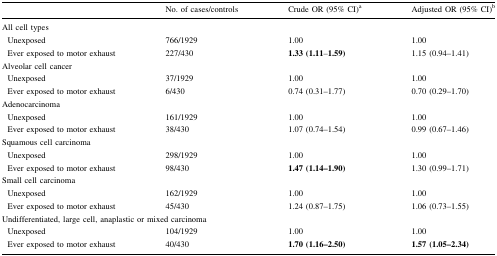
<table><thead><tr><td></td><td><b>No. of cases/controls</b></td><td><b>Crude OR (95% CI)<sup>a</sup></b></td><td><b>Adjusted OR (95% CI)<sup>b</sup></b></td></tr></thead><tbody><tr><td colspan="4">All cell types</td></tr><tr><td> Unexposed</td><td>766/1929</td><td>1.00</td><td>1.00</td></tr><tr><td> Ever exposed to motor exhaust</td><td>227/430</td><td><b>1.33 (1.11</b>–<b>1.59)</b></td><td>1.15 (0.94–1.41)</td></tr><tr><td colspan="4">Alveolar cell cancer</td></tr><tr><td> Unexposed</td><td>37/1929</td><td>1.00</td><td>1.00</td></tr><tr><td> Ever exposed to motor exhaust</td><td>6/430</td><td>0.74 (0.31–1.77)</td><td>0.70 (0.29–1.70)</td></tr><tr><td colspan="4">Adenocarcinoma</td></tr><tr><td> Unexposed</td><td>161/1929</td><td>1.00</td><td>1.00</td></tr><tr><td> Ever exposed to motor exhaust</td><td>38/430</td><td>1.07 (0.74–1.54)</td><td>0.99 (0.67–1.46)</td></tr><tr><td colspan="4">Squamous cell carcinoma</td></tr><tr><td> Unexposed</td><td>298/1929</td><td>1.00</td><td>1.00</td></tr><tr><td> Ever exposed to motor exhaust</td><td>98/430</td><td><b>1.47 (1.14–1.90)</b></td><td>1.30 (0.99–1.71)</td></tr><tr><td colspan="4">Small cell carcinoma</td></tr><tr><td> Unexposed</td><td>162/1929</td><td>1.00</td><td>1.00</td></tr><tr><td> Ever exposed to motor exhaust</td><td>45/430</td><td>1.24 (0.87–1.75)</td><td>1.06 (0.73–1.55)</td></tr><tr><td colspan="4">Undifferentiated, large cell, anaplastic or mixed carcinoma</td></tr><tr><td> Unexposed</td><td>104/1929</td><td>1.00</td><td>1.00</td></tr><tr><td> Ever exposed to motor exhaust</td><td>40/430</td><td><b>1.70 (1.16–2.50)</b></td><td><b>1.57 (1.05–2.34)</b></td></tr></tbody></table>